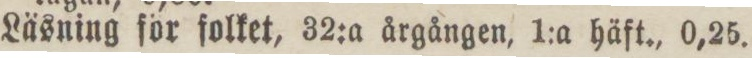
Läsning för folket, 32:a årgången, 1:a häft., 0,25.